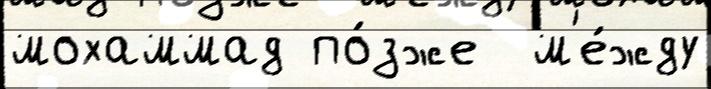
мохаммад по́зже  м'е́жду